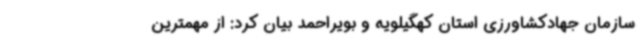
سازمان جهادکشاورزی استان کهگیلویه و بویراحمد بیان کرد: از مهمترین